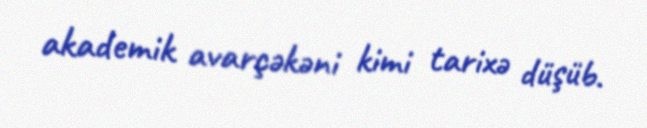
akademik avarçəkəni kimi tarixə düşüb.